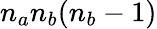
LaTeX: n_{a}n_{b}(n_{b}-1)